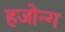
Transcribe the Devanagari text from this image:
हजोन्ग